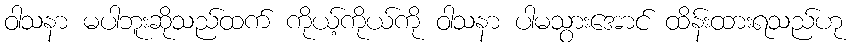
ဝါသနာ မပါဘူးဆိုသည်ထက် ကိုယ့်ကိုယ်ကို ဝါသနာ ပါမသွားအောင် ထိန်းထားရသည်ဟု